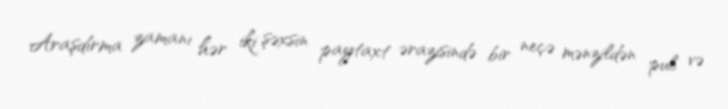
Araşdırma zamanı hər iki şəxsin paytaxt ərazisində bir neçə mənzildən pul və